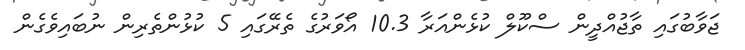
ޖަވާބުގައި ތާޖުއްދީން ސްކޫލް ކުޅެންއަރާ 10.3 އޯވަރުގެ ތެރޭގައި 5 ކުޅުންތެރިން ނުބައިވެގެން